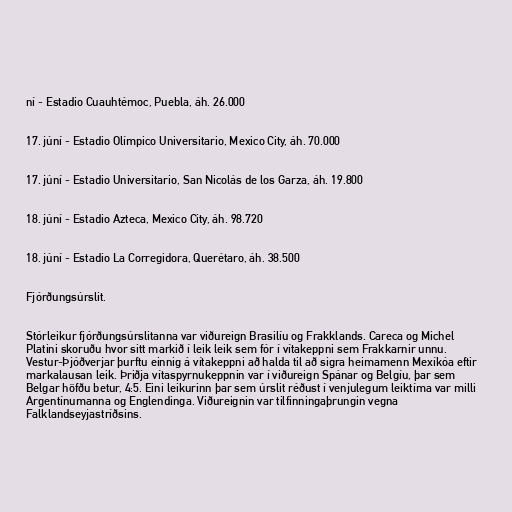
ní - Estadio Cuauhtémoc, Puebla, áh. 26.000

17. júní - Estadio Olímpico Universitario, Mexico City, áh. 70.000

17. júní - Estadio Universitario, San Nicolás de los Garza, áh. 19.800

18. júní - Estadio Azteca, Mexico City, áh. 98.720

18. júní - Estadio La Corregidora, Querétaro, áh. 38.500

Fjórðungsúrslit.

Stórleikur fjórðungsúrslitanna var viðureign Brasilíu og Frakklands. Careca og Michel
Platini skoruðu hvor sitt markið í leik leik sem fór í vítakeppni sem Frakkarnir unnu.
Vestur-Þjóðverjar þurftu einnig á vítakeppni að halda til að sigra heimamenn Mexíkóa eftir
markalausan leik. Þriðja vítaspyrnukeppnin var í viðureign Spánar og Belgíu, þar sem
Belgar höfðu betur, 4:5. Eini leikurinn þar sem úrslit réðust í venjulegum leiktíma var milli
Argentínumanna og Englendinga. Viðureignin var tilfinningaþrungin vegna
Falklandseyjastríðsins.